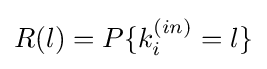
R(l)=P\{k_{i}^{(in)}=l\}